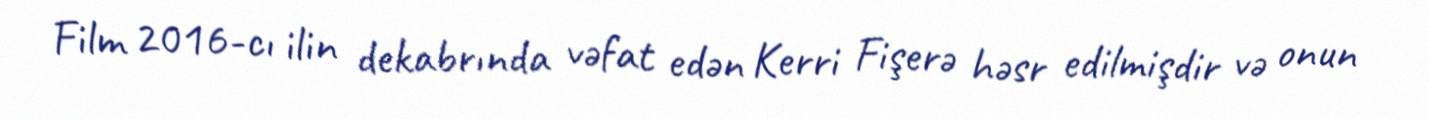
Film 2016-cı ilin dekabrında vəfat edən Kerri Fişerə həsr edilmişdir və onun